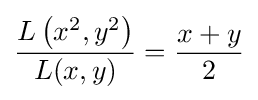
{\frac {L\left(x^{2},y^{2}\right)}{L(x,y)}}={\frac {x+y}{2}}